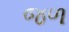
જળ